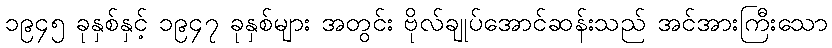
၁၉၄၅ ခုနှစ်နှင့် ၁၉၄၇ ခုနှစ်များ အတွင်း ဗိုလ်ချုပ်အောင်ဆန်းသည် အင်အားကြီးသော